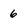
Character: 6